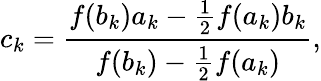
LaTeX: c_{k}={\frac{f(b_{k})a_{k}-{\frac{1}{2}}f(a_{k})b_{k}}{f(b_{k})-{\frac{1}{2}}f(a_{k})}},